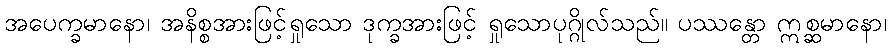
အပေက္ခမာနော၊ အနိစ္စအားဖြင့်ရှုသော ဒုက္ခအားဖြင့် ရှုသောပုဂ္ဂိုလ်သည်။ ပဿန္တော ဣစ္ဆမာနော၊